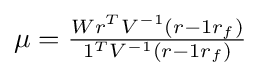
\mu ={\tfrac {Wr^{T}V^{-1}(r-1r_{f})}{1^{T}V^{-1}(r-1r_{f})}}